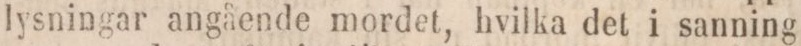
lysningar angående mordet, hvilka det i sanning